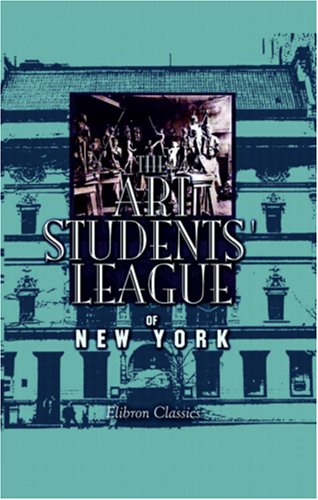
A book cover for The Art Students' League of New York; Andrei Volgin; Crafts, Hobbies & Home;